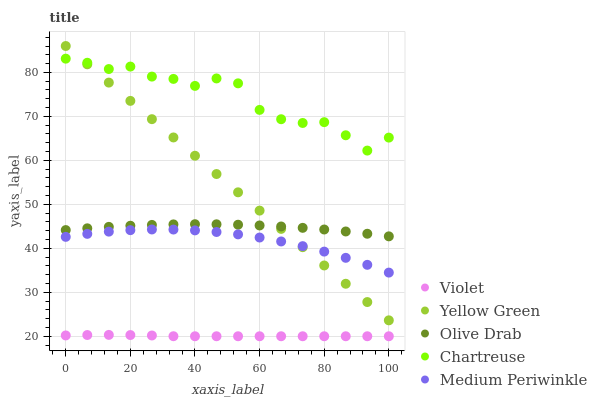
| xaxis_label | Violet | Yellow Green | Olive Drab | Chartreuse | Medium Periwinkle |
 | --- | --- | --- | --- | --- | --- |
 | 0 | 20.2 | 86 | 44.1 | 83.1 | 42.6 |
 | 6.67 | 20.3 | 81.8 | 44.5 | 82.2 | 43.3 |
 | 13.3 | 20.3 | 77.7 | 44.9 | 80.8 | 43.8 |
 | 20 | 20.3 | 73.5 | 45.1 | 81.3 | 44.1 |
 | 26.7 | 20.2 | 69.4 | 45.3 | 79 | 44.3 |
 | 33.3 | 20 | 65.2 | 45.4 | 78.5 | 44.3 |
 | 40 | 20 | 61 | 45.5 | 76.9 | 44.1 |
 | 46.7 | 20 | 56.9 | 45.5 | 78.6 | 43.7 |
 | 53.3 | 20 | 52.7 | 45.4 | 77.5 | 43.2 |
 | 60 | 20 | 48.6 | 45.2 | 71.5 | 42.4 |
 | 66.7 | 20 | 44.4 | 45 | 69.4 | 41.6 |
 | 73.3 | 20 | 40.3 | 44.7 | 68.5 | 40.5 |
 | 80 | 20 | 36.1 | 44.3 | 68.7 | 39.2 |
 | 86.7 | 20 | 31.9 | 43.8 | 65.7 | 37.8 |
 | 93.3 | 20 | 27.8 | 43.3 | 62.2 | 36.2 |
 | 100 | 20 | 23.6 | 42.7 | 65.2 | 34.5 |